Leaving Certificate Examination (including Day School Certificate (Higher) General paper), 1934
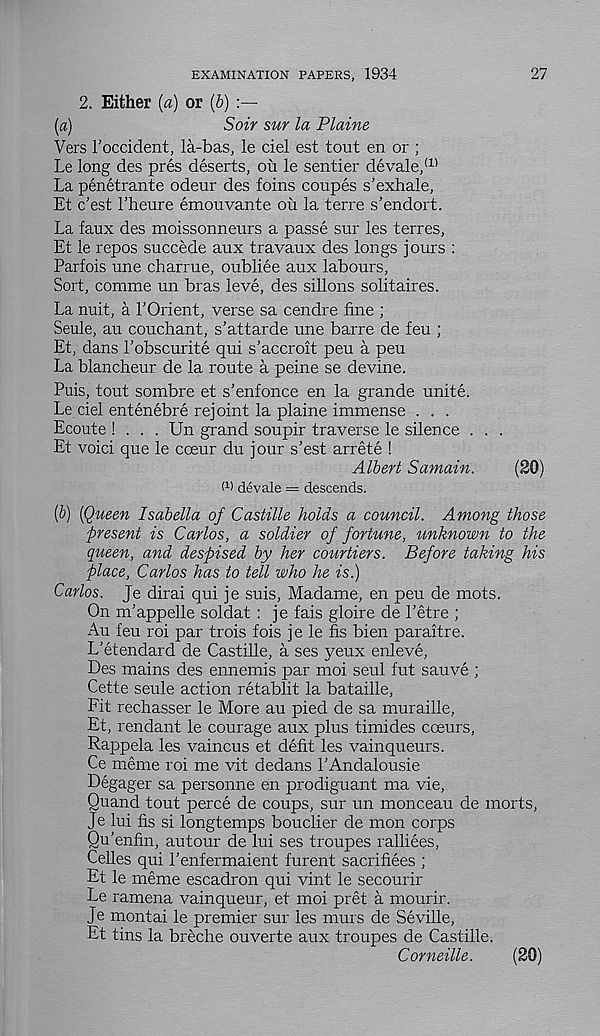
27
EXAMINATION PAPERS, 1934
2. Either (a) or (b)
(а)
Soir sur la Plaine
Vers I’occident, la-bas, le del est tout en or ;
Le long des pres deserts, ou le sentier devale, (1)
La penetrante odeur des foins coupes s’exhale,
Et c’est 1’heure emouvante ou la terre s’endort.
La faux des moissonneurs a passe sur les terres,
Et le repos succede aux travaux des longs jours :
Parfois une charrue, oubliee aux labours,
Sort, comme un bras leve, des sillons solitaires.
La nuit, a POrient, verse sa cendre fine ;
Seule, au couchant, s’attarde une barre de feu ;
Et, dans 1’obscurite qui s’accroit peu a peu
La blancheur de la route a peine se devine.
Puis, tout sombre et s’enfonce en la grande unite.
Le ciel entenebre rejoint la plaine immense . . .
Ecoute ! . . . Un grand soupir traverse le silence . . .
Et void que le cceur du jour s’est arrete !
Albert Samain.
(SO)
f 1 ) devale = descends.
(б) [Queen Isabella of Castille holds a council. Among those
present is Carlos, a soldier of fortune, unknown to the
queen, and despised by her courtiers. Before taking his
place, Carlos has to tell who he is.)
Carlos. Je dirai qui je suis, Madame, en peu de mots.
On m’appelle soldat : je fais gloire de Petre ;
Au feu roi par trois fois je le fis bien paraitre.
L'etendard de Castille, a ses yeux enleve,
Des mains des ennemis par moi seul fut sauve ;
Cette seule action retablit la bataille,
Fit rechasser le More au pied de sa muraille,
Et, rendant le courage aux plus timides cceurs,
Rappela les vaincus et debt les vainqueurs.
Ce meme roi me vit dedans PAndalousie
Degager sa personne en prodiguant ma vie,
Quand tout perce de coups, sur un monceau de morts,
Je lui fis si longtemps bouclier de mon corps
Qu’enfin, autour de lui ses troupes ralliees,
Cedes qui Penfermaient furent sacrifices ;
Et le meme escadron qui vint le secourir
Le ramena vainqueur, et moi pret a mourir.
Je montai le premier sur les murs de Seville,
Et tins la breche ouverte aux troupes de Castille.
Corneille.
(20)